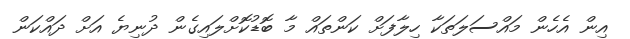
އިން އެހެން މައްސަލަތަކާ ހިލާފަށް ކަންތައް މާ ބޮޑުކޮށްލައިގެން ދުނިޔެ އަށް ދައްކަން